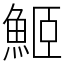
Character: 䱌